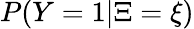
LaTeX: P(Y=1|\Xi=\xi)